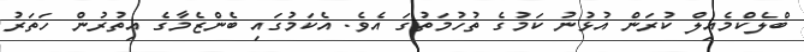
ބްލެކްމެއިލް ކުރަން އުޅުނު ކަމުގެ ތުހުމަތުގަ އެވެ. އެކަމުގައި ބެންޒެމާގެ އިތުރުން ހަތަރު